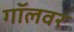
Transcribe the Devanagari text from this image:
गॉलवर